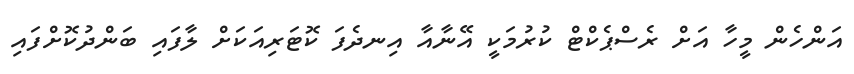
އަންހެން މީހާ އަށް ރެސްޕެކްޓް ކުރުމަކީ އޭނާއާ އިނދެފަ ކޮޓަރިއަކަށް ލާފައި ބަންދުކޮށްފައި